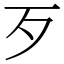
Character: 歹